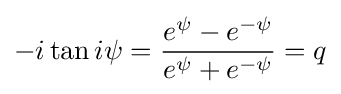
-i\tan i\psi ={\frac {e^{\psi }-e^{-\psi }}{e^{\psi }+e^{-\psi }}}=q